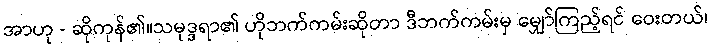
အာဟု - ဆိုကုန်၏။သမုဒ္ဒရာ၏ ဟိုဘက်ကမ်းဆိုတာ ဒီဘက်ကမ်းမှ မျှော်ကြည့်ရင် ဝေးတယ်၊